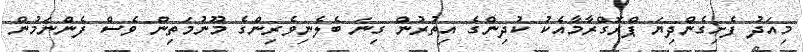
މިއަދު ފެށިގެންދިޔަ ޕްރޮގްރާމާއެކު ކުދިންގެ އިތުރުން ގިނަ ބެލެނިވެރިންގެ މޫނުމަތިން ވެސް ފެންނަމުން